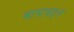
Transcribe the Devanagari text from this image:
मापाबद्दल